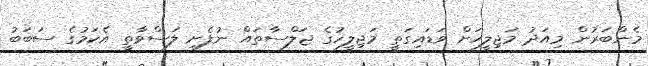
މެންބަރުން މިއަދު މަޖިލީހަށް ވަޑައިގަތީ މަޖިލީހުގެ ޖަލްސާތައް ނުފެށި ލަސްވާތީ އެކަމުގެ ސަބަބު